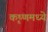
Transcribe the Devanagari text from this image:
कृष्णमध्ये